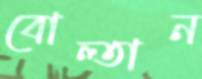
বোল্তান